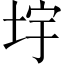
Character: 㘾